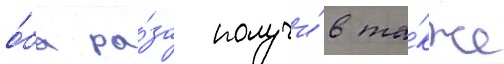
о́ба ра́за получи́в та́кже